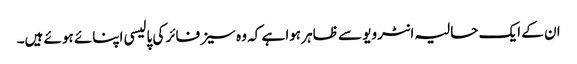
ان کے ایک حالیہ انٹرویو سے ظاہر ہوا ہے کہ وہ سیز فائر کی پالیسی اپنائے ہوئے ہیں۔